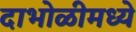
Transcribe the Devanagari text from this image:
दाभोळीमध्ये